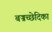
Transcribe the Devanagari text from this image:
बज्रच्छेदिका